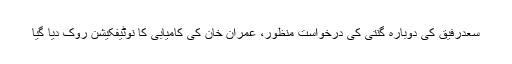
سعدرفیق کی دوبارہ گنتی کی درخواست منظور، عمران خان کی کامیابی کا نوٹیفکیشن روک دیا گیا